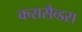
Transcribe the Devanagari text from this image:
करासैव्डस